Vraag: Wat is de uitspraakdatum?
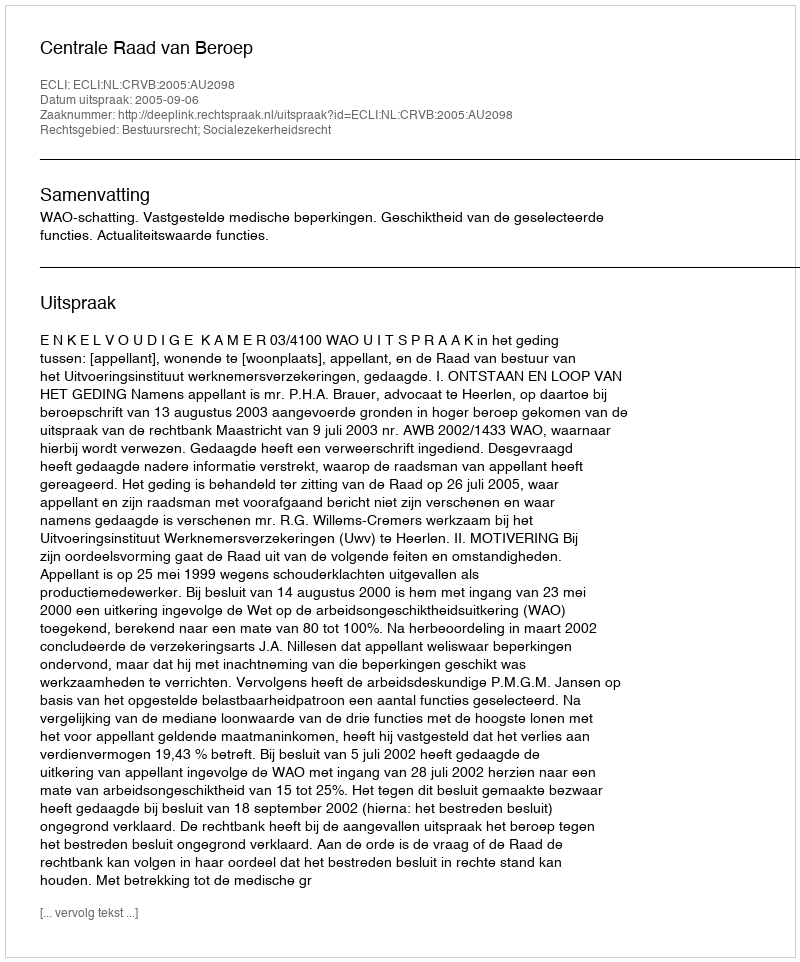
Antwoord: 2005-09-06